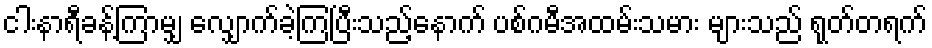
ငါးနာရီခန့်ကြာမျှ လျှောက်ခဲ့ကြပြီးသည့်နောက် ပစ်ဂမီအထမ်းသမား များသည် ရုတ်တရက်